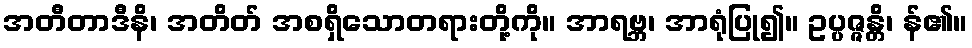
အတီတာဒီနိ၊ အတိတ် အစရှိသောတရားတို့ကို။ အာရဗ္ဘ၊ အာရုံပြု၍။ ဥပ္ပဇ္ဇန္တိ၊ န်၏။